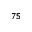
_ { 7 5 }